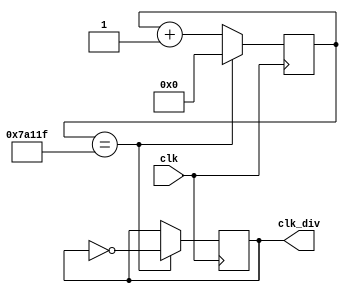
`timescale 1ns / 1ps

module SW_Clk_Divide(clk, clk_div);
    input clk;
    output reg clk_div;
    integer count = 0;
    
    always@(posedge clk)
    begin
        if(count == 499999) //to generate 100Hz Signal ie T = 0.01s
            count <= 1'b0;
        else
            count <= count + 1'b1;
    end
    
    always@(posedge clk)
    begin
        if(count == 499999)
            clk_div <= ~clk_div;
        else
            clk_div <= clk_div;
    end
endmodule